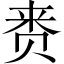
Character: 赉